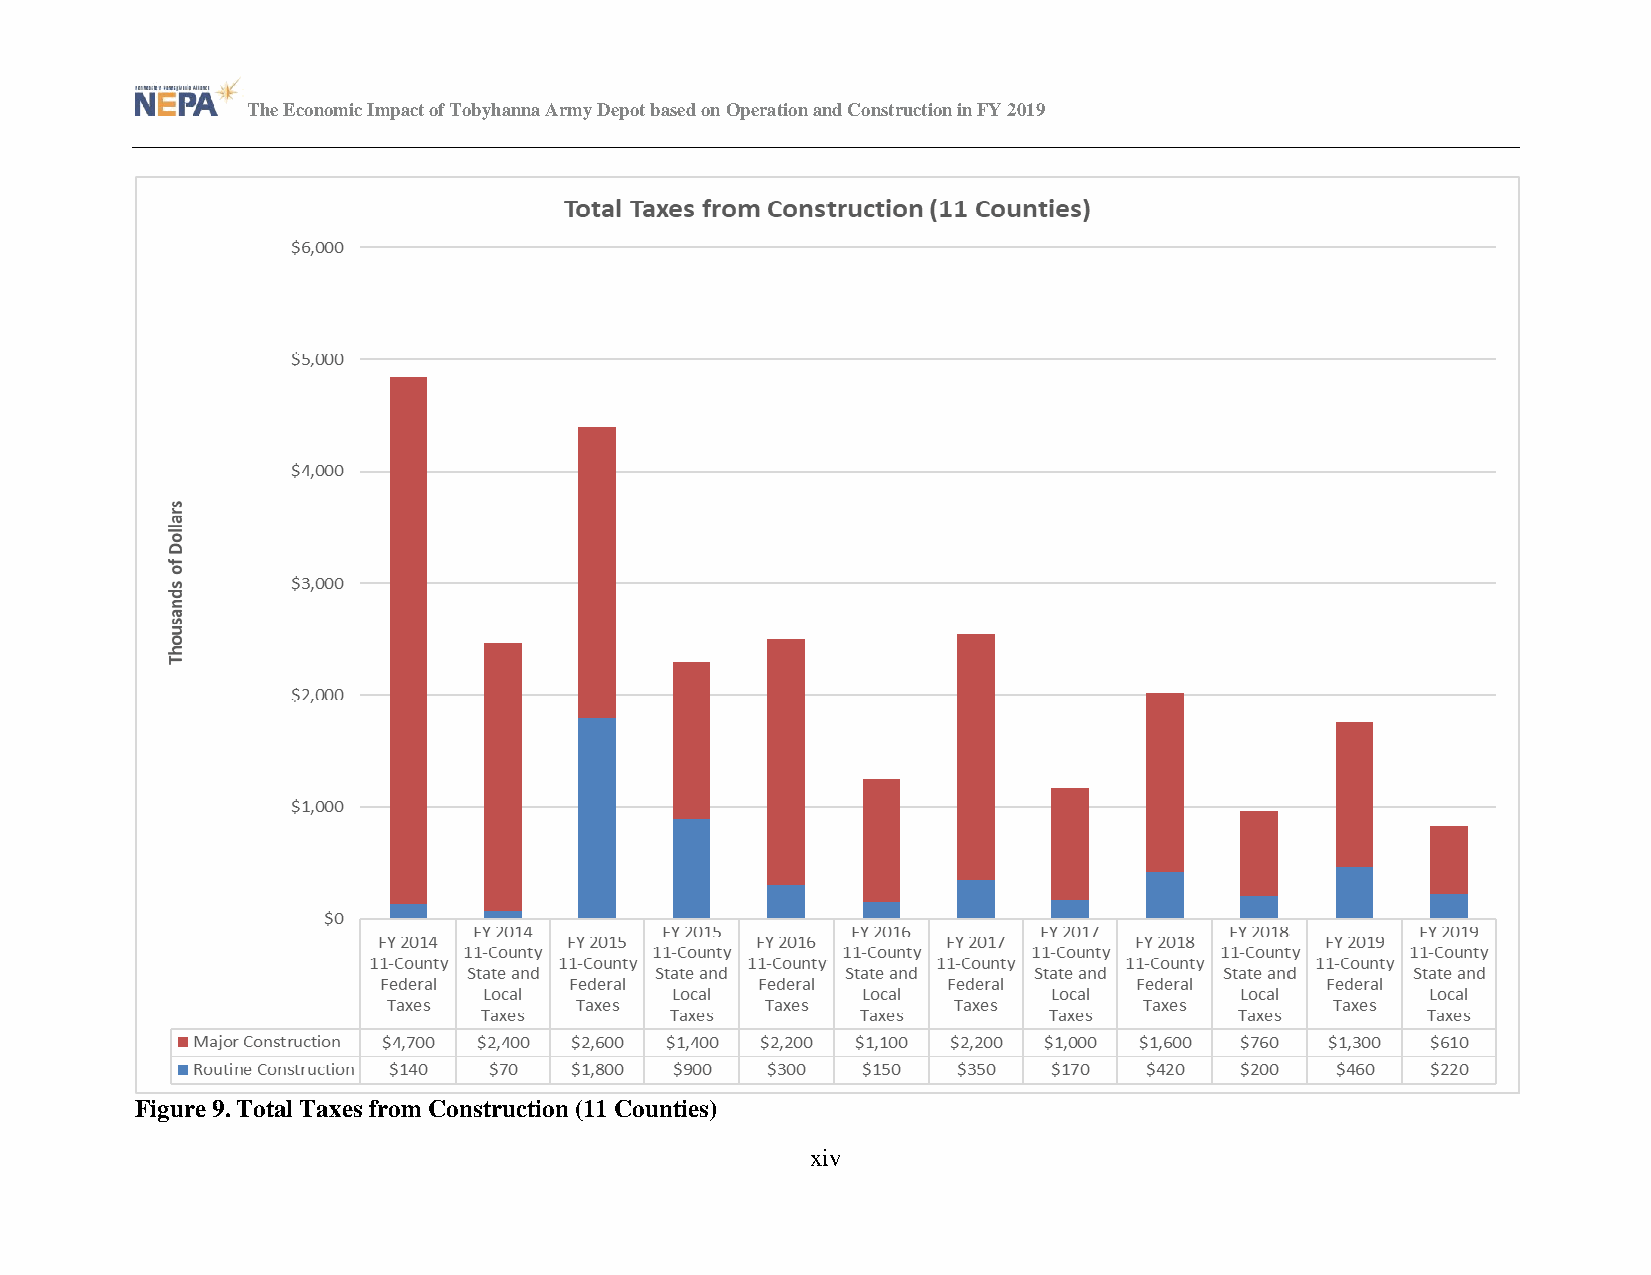
The Economic Impact of Tobyhanna Army Depot based on Operation and Construction in FY 2019
 Figure 9. Total Taxes from Construction (11 Counties)
 xiv